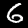
Digit: 6